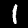
Label: 1